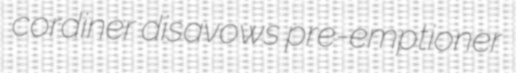
cordiner disavows pre-emptioner